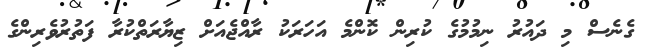
ގެނެސް މި ދައުރު ނިމުމުގެ ކުރިން ކޮންމެ އަހަރަކު ރާއްޖެއަށް ޒިޔާރަތްކުރާ ފަތުރުވެރިންގެ